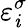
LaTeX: \varepsilon_{\mathit{i}}^{\sigma}